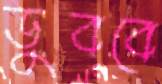
ডুববে